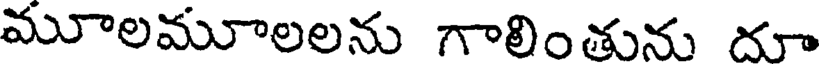
మూలమూలలను గాలింతును దూ